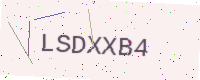
Text: LSDXXB4